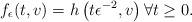
LaTeX: \begin{align*}f_\epsilon (t,v) = h \left(t{\epsilon^{-2}}, v \right) \forall t \geq 0.\end{align*}